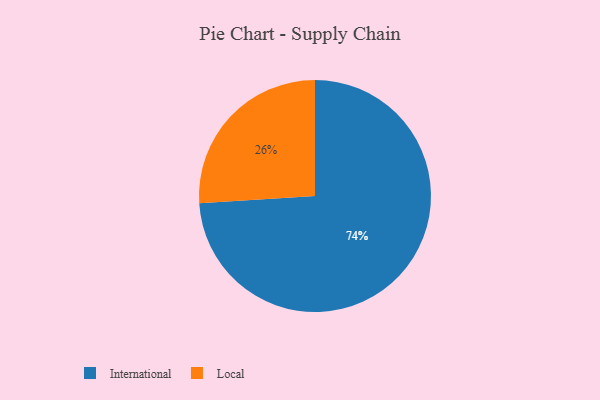
{"axis": {"x": "Category", "y": "Percentage"}, "legend": ["International", "Local"], "data": [{"x": "Local", "y": 26, "type": "Local"}, {"x": "International", "y": 74, "type": "International"}]}